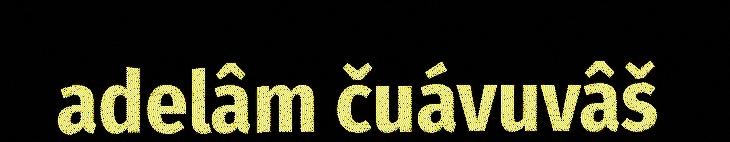
adelâm čuávuvâš